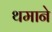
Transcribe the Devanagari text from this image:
थमाने